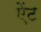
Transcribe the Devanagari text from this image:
ऐंट